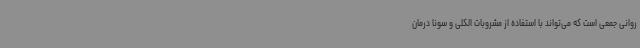
روانی جمعی است که می‌تواند با استفاده از مشروبات الکلی و سونا درمان